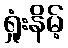
ရှုံးနိမ့်